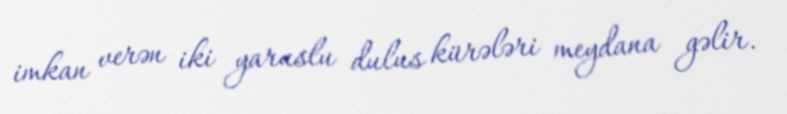
imkan verən iki yaruslu dulus kürələri meydana gəlir.